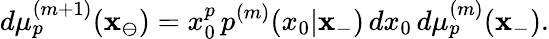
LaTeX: d\mu_{p}^{(m+1)}(\mathbf{x}_{\ominus})=x_{0}^{p}\, p^{(m)}(x_{0}|\mathbf{x}_{-})\, dx_{0}\, d\mu_{p}^{(m)}(\mathbf{x}_{-}).